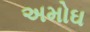
અમોઘ